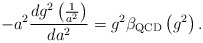
\begin{align*}-a^2\frac{dg^2\left(\frac{1}{a^2}\right)}{da^2}=g^2\beta_{\rm QCD}\left(g^2\right).\end{align*}